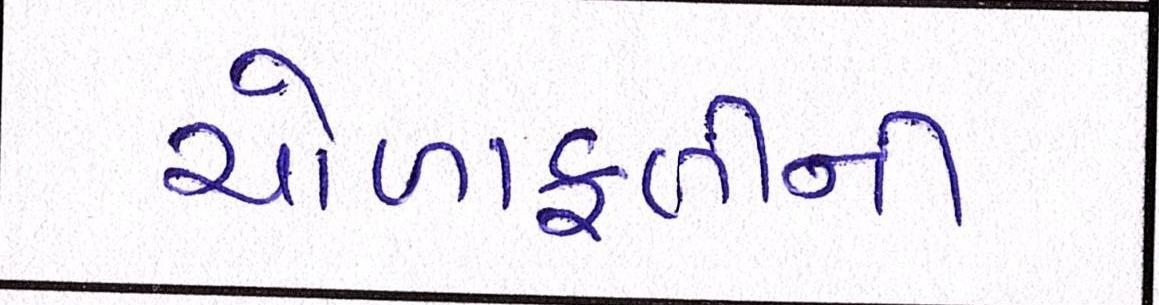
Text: ચોળાફળીની